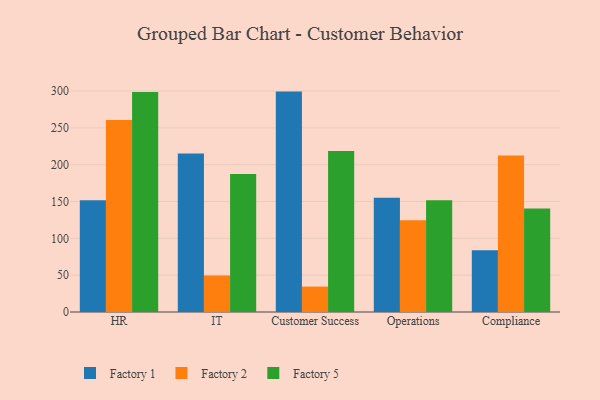
{"axis": {"x": "Department", "y": "Conversion Rate (%)"}, "legend": ["Factory 1", "Factory 2", "Factory 5"], "data": [{"x": "HR", "y": 151.7, "type": "Factory 1"}, {"x": "HR", "y": 260.7, "type": "Factory 2"}, {"x": "HR", "y": 298.9, "type": "Factory 5"}, {"x": "IT", "y": 215.2, "type": "Factory 1"}, {"x": "IT", "y": 49.7, "type": "Factory 2"}, {"x": "IT", "y": 187.4, "type": "Factory 5"}, {"x": "Customer Success", "y": 299.3, "type": "Factory 1"}, {"x": "Customer Success", "y": 34.5, "type": "Factory 2"}, {"x": "Customer Success", "y": 218.7, "type": "Factory 5"}, {"x": "Operations", "y": 155.2, "type": "Factory 1"}, {"x": "Operations", "y": 124.7, "type": "Factory 2"}, {"x": "Operations", "y": 151.8, "type": "Factory 5"}, {"x": "Compliance", "y": 84.0, "type": "Factory 1"}, {"x": "Compliance", "y": 212.6, "type": "Factory 2"}, {"x": "Compliance", "y": 140.6, "type": "Factory 5"}]}